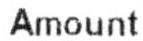
AMOUNT